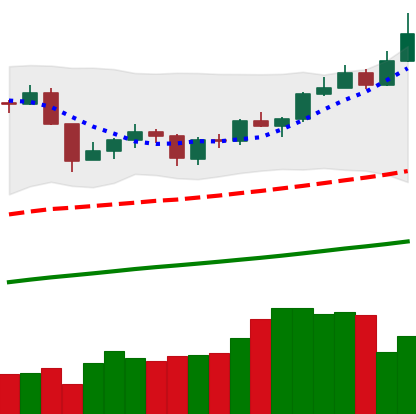
Ticker: XMR-USD
Chart end date: 2019-06-20
Forward return: 6.989%
Label: up_5_7